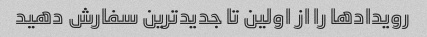
رویدادها را از اولین تا جدیدترین سفارش دهید